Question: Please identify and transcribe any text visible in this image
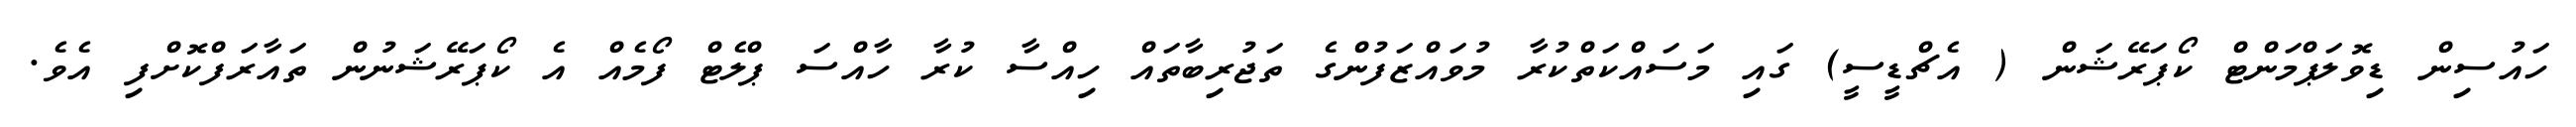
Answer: ހައުސިން ޑިވޮލަޕްމަންޓް ކޯޕަރޭޝަން ( އެޗްޑީސީ) ގައި މަސައްކަތްކުރާ މުވައްޒަފުންގެ ތަޖުރިބާތައް ހިއްސާ ކުރާ ހާއްސަ ޕްލެޓް ފޯމެއް އެ ކޯޕަރޭޝަނުން ތައާރަފްކޮށްފި އެވެ.